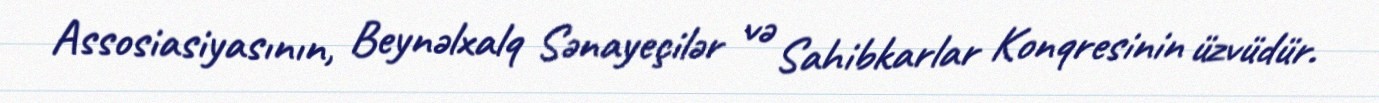
Assosiasiyasının, Beynəlxalq Sənayeçilər və Sahibkarlar Konqresinin üzvüdür.